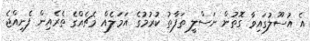
އެ އުސޫލުގައިވާ ގޮތުން ނަސްލީ ތަފާތު ކުރުމުގެ އަމަލެއް މެޗެއްގެ ތެރެއިން ފެނިއްޖެ